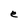
Character: e